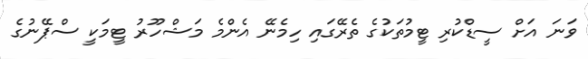
ވަނަ އަށް ސީޑްކުރި ޓީމުތަކުގެ ތެރޭގައި ހިމެނޭ އެންމެ މަޝްހޫރު ޓީމަކީ ސްޕޭނުގެ